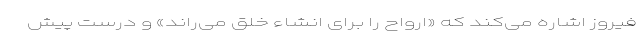
فیروز اشاره می‌کند که «ارواح را برای انشاء خلق می‌راند» و درست پیش